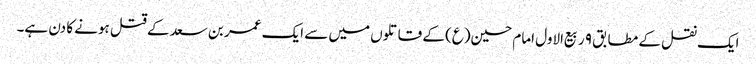
ایک نقل کے مطابق ۹ ربیع‌الاول امام حسین(ع) کے قاتلوں میں سے ایک عمر بن سعد کے قتل ہونے کا دن ہے۔